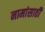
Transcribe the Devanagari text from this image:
नामांसाठी